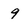
Character: 9